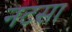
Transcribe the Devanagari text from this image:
नटसा